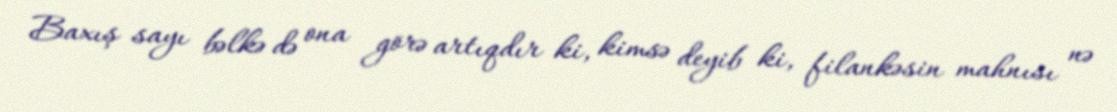
Baxış sayı bəlkə də ona görə artıqdır ki, kimsə deyib ki, filankəsin mahnısı nə